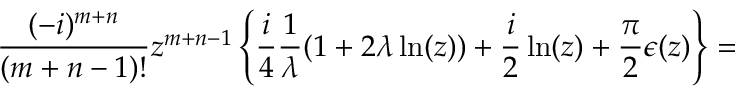
\frac { ( - i ) ^ { m + n } } { ( m + n - 1 ) ! } z ^ { m + n - 1 } \left\{ \frac { i } { 4 } \frac { 1 } { \lambda } ( 1 + 2 \lambda \ln ( z ) ) + \frac { i } { 2 } \ln ( z ) + \frac { \pi } { 2 } \epsilon ( z ) \right\} =